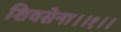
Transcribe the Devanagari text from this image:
शिवसेना।।१।।